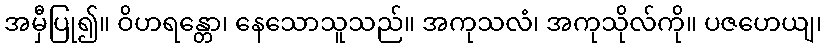
အမှီပြု၍။ ဝိဟရန္တော၊ နေသောသူသည်။ အကုသလံ၊ အကုသိုလ်ကို။ ပဇဟေယျ၊